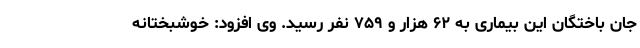
جان باختگان این بیماری به ۶۲ هزار و ۷۵۹ نفر رسید. وی افزود: خوشبختانه